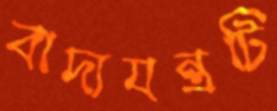
বাদ্যযন্ত্রটি